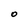
Character: O